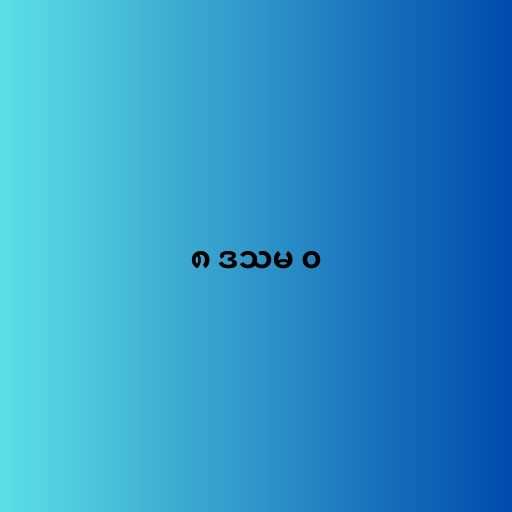
၈ ဒသမ ၀